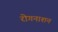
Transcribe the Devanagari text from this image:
रोगनाशन